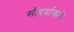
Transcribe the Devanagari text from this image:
सौंदर्याकडे